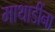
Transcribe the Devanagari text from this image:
माथाडींना